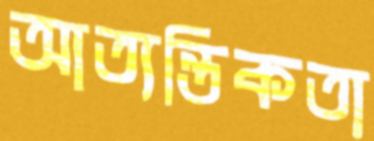
আত্যন্তিকতা